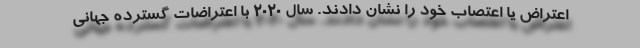
اعتراض یا اعتصاب خود را نشان دادند. سال 2020 با اعتراضات گسترده جهانی